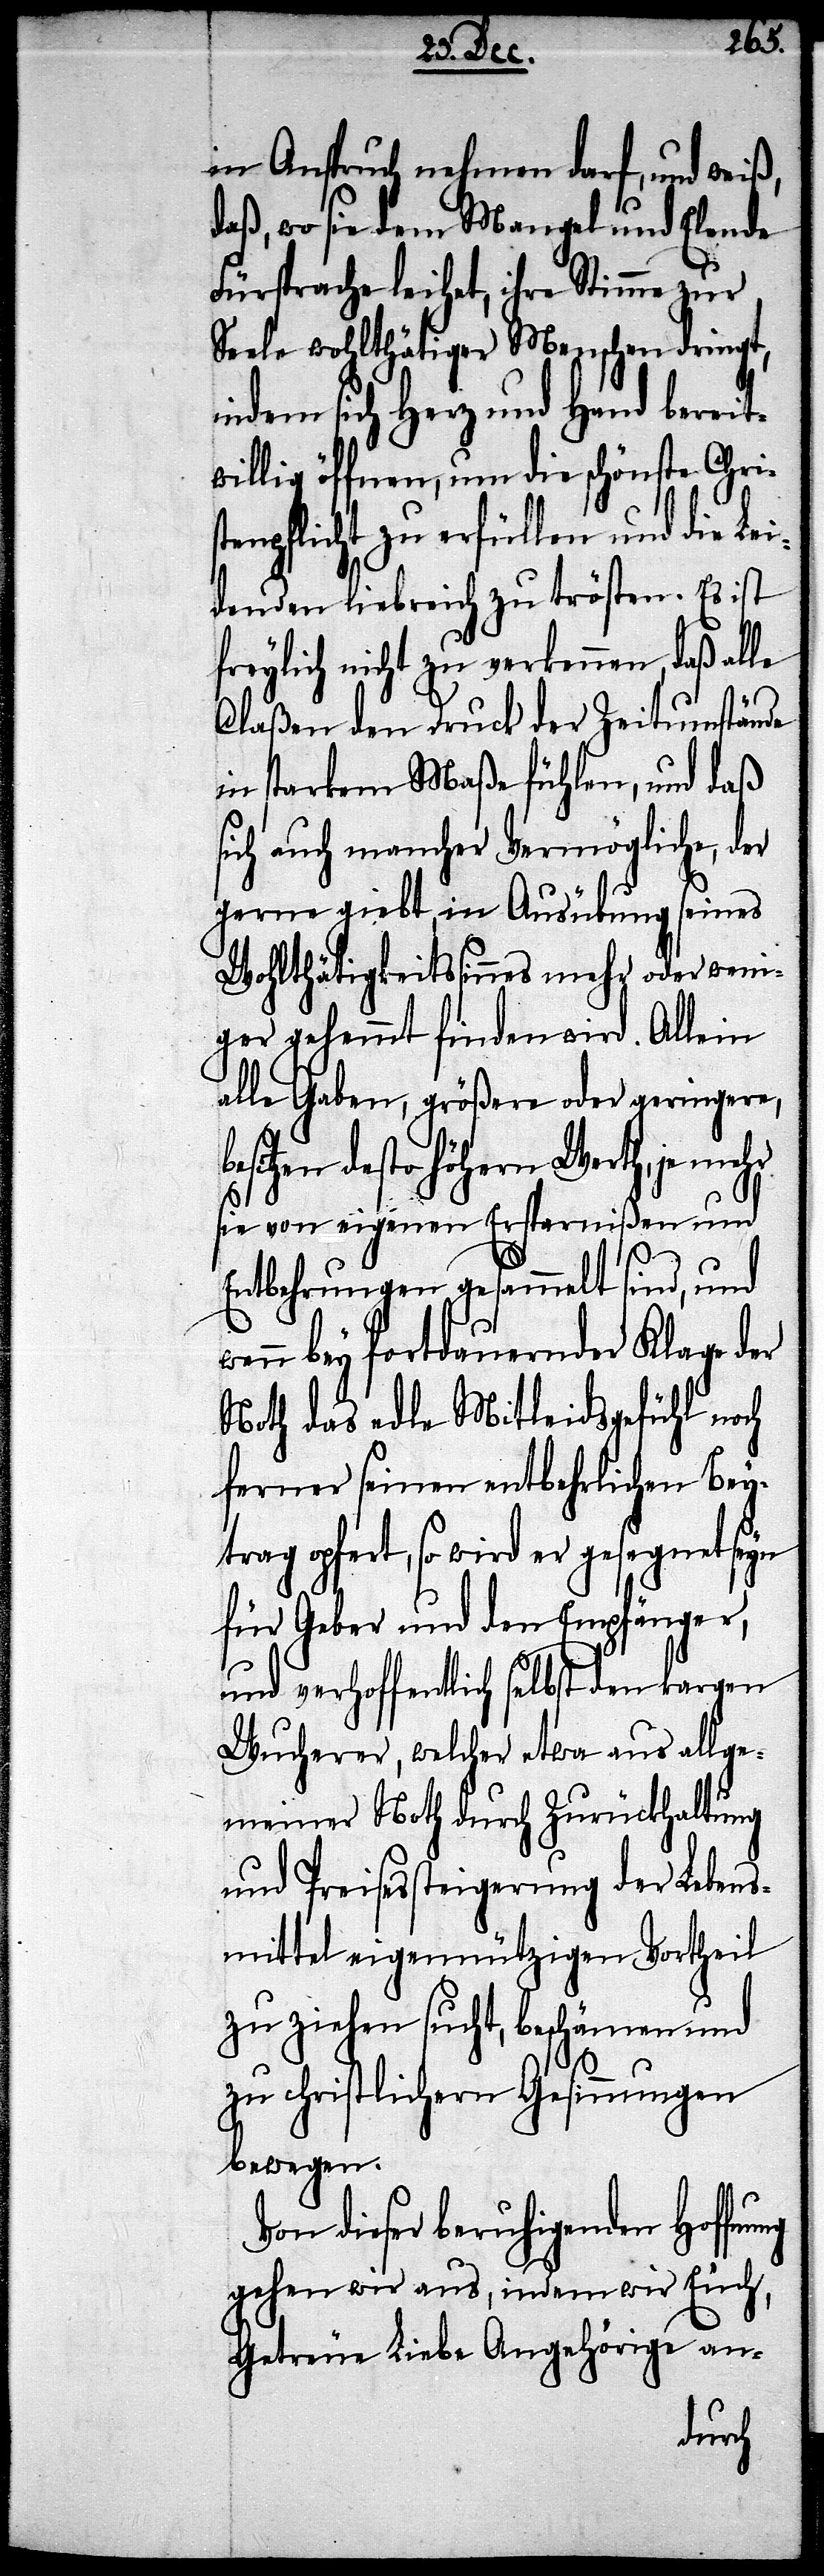
in Anspruch nehmen darf, und weiß,
daß, wo sie dem Mangel und Elende
Fürsprache leihet, ihre Stimme zur
Seele wohlthätiger Menschen dringt,
indem sich Herz und Hand bereit¬
willig öffnen, um die schönste Christ¬
enpflicht zu erfüllen und die Le¬
idenden liebreich zu trösten. Es ist
freylich nicht zu verkennen, daß alle
Claßen den Druck der Zeitumstände
in starkem Maße fühlen, und daß
sich auch mancher Vermögliche, der
gerne giebt, in Ausübung seines
Wohlthätigkeitssinnes mehr oder weni¬
ger gehemmt finden wird. Allein
alle Gaben, größere und geringere,
desto höhern Werth, je
sie von eigenen Ersparnißen und
Entbehrungen gesammelt sind, und
wenn bey fortdauernder Klage der
Noth das edle Mitleidsgefühl noch
ferner seinen entbehrlichen Beyt¬
rag opfert, so wird er gesegnet seyn
für Geber und den Empfänger,
und verhoffentlich selbst den kargen
Wucherer, welcher etwa aus allge¬
meiner Noth durch Zurückhaltung
und Preisessteigerung der Lebens¬
mittel eigennützigen Vortheil
zu ziehen sucht, beschämen und
zu christlichen Gesinnungen
bewegen.
Von dieser beruhigenden Hoffn¬
gehen wir aus, indem wir Euch,
Getreue Liebe Angehörige an-
ung